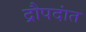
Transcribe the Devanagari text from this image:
द्रौपदांत